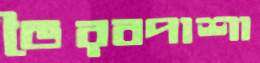
ভৈরবপাশা